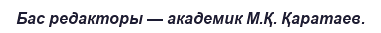
Бас редакторы — академик М.Қ. Қаратаев.